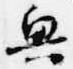
興